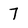
Character: 7